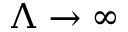
\Lambda \rightarrow \infty